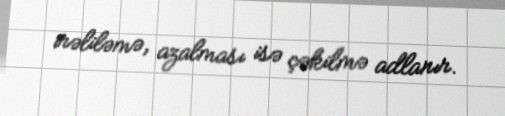
irəliləmə, azalması isə çəkilmə adlanır.